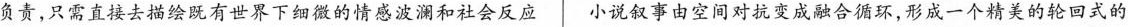
负责，只需直接去描绘既有世界下细微的情感波澜和社会反应 小说叙事由空间对抗变成融合循环，形成一个精美的轮回式的